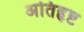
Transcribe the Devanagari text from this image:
अतिहृष्ट